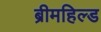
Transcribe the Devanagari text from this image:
ब्रीमहिल्ड